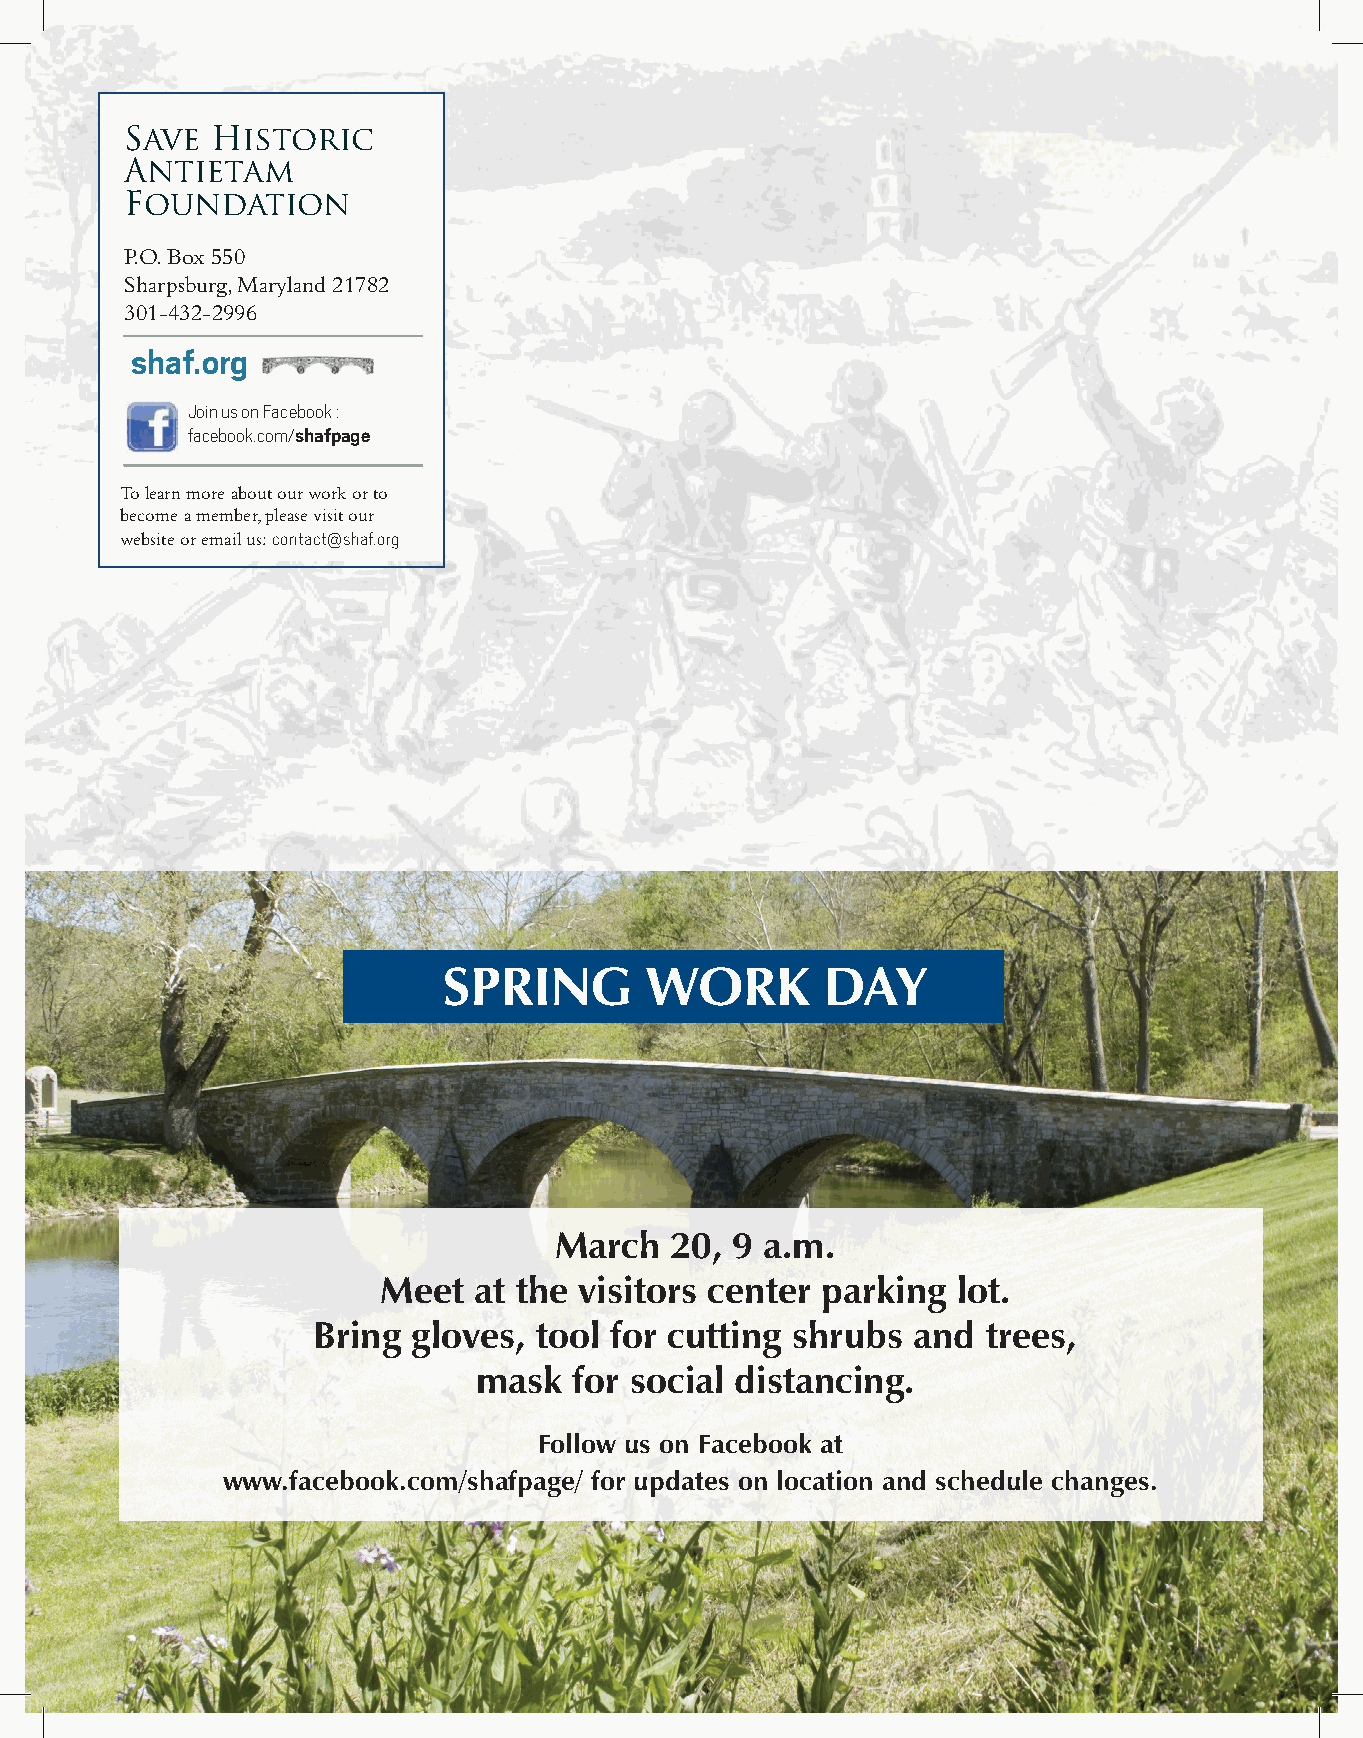
Charge of Burnside’s 9th Corps. Save Historic
 Edwin Forbes. 1862.
 Antietam
 Foundation               S  AV    E   H   I S TOR       IC
 P.O. Box 550
 Sharpsburg, Maryland 21782
 301-432-2996
 shaf.org
 A    N    T    I  E   T    A   M
 Join us on Facebook :
 facebook.com/shafpage
 preserving
 FOUNDATION
 Antietam
 To learn more about our work or to                     since 1986
 become a member, please visit our
 website or email us: contact@shaf.org
 PRESERVATION
 VICTORIES
 Partnering with the Maryland Environmental Trust and
 the Maryland Department of Transportation to procure
 easements, protecting more than 4,800 acres surrounding
 the Antietam Battlefield.
 Purchasing 40 acres of the Grove Farm, where President
 Abraham Lincoln was photographed on his October 1862
 SPRING        WORK        DAY
 visit to Antietam. SHAF also purchased a 5-acre lot on the Hosting volunteers for biannual work days (pictured above)
 farm to prevent development, where a wayside exhibit now to help the Antietam National Battlefield (NPS) restore
 informs the public about the site’s history. the physical landscape to its 1862 appearance. SHAF
 also contributed funds to the NPS for restoration of the
 Acquiring Tolson’s Chapel in Sharpsburg, Maryland, structures and landscape of the battlefield.
 significant for its association with the movement toward
 African-American social independence and education Contributing funds to restore the 16th Connecticut
 during the post-Civil War years. SHAF donated the stained-glass windows of the Christ Reformed Church in
 property to a non-profit organization that restored and now Sharpsburg, a site used as a hospital for Union soldiers.
 maintains it.
 March  20, 9  a.m.
 ENDOWMENT
 Partnering with the Jefferson County Landmarks Meet at the visitors center parking lot.
 Commission, Civil War Trust, and Shepherdstown Battlefield SHAF’s endowment fund supports our Harsh Scholarship,
 Bring gloves, tool for cutting shrubs  and  trees,
 Preservation Association to purchase the historic Cement an annual research grant awarded to an outstanding scholar
 Mill at Boteler’s Ford on the Potomac River. studying a topic substantial to the events at Antietam. The mask for social distancing.
 scholarship is named in memoriam of Dr. Joseph L. Harsh,
 Purchasing the site of the war-time signal tower (cover image) an esteemed SHAF member and acclaimed author on the
 Follow us on Facebook at
 and placing easements on it. history of the Maryland Campaign.
 www.facebook.com/shafpage/ for updates on location and schedule changes.